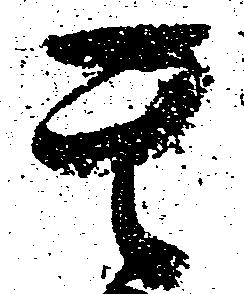
其